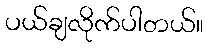
ပယ်ချလိုက်ပါတယ်။